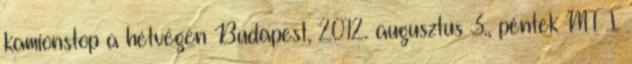
kamionstop a hétvégén Budapest, 2012. augusztus 3., péntek MTI